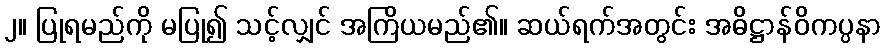
၂။ ပြုရမည်ကို မပြု၍ သင့်လျှင် အကြိယမည်၏။ ဆယ်ရက်အတွင်း အဓိဋ္ဌာန်ဝိကပ္ပနာ